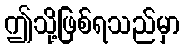
ဤသို့ဖြစ်ရသည်မှာ